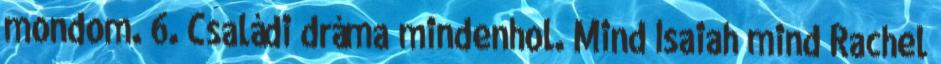
mondom. 6. Családi dráma mindenhol. Mind Isaiah mind Rachel